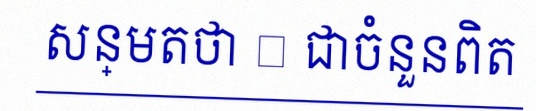
សន្មតថា x ជាចំនួនពិត